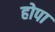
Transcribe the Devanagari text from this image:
होपा